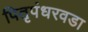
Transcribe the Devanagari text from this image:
पितृपंधरवडा